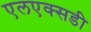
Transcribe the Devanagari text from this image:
एलएक्सडी